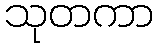
သုတကာ